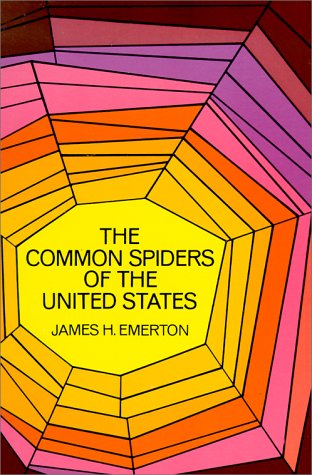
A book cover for The Common Spiders of the United States; James Henry Emerton; Sports & Outdoors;